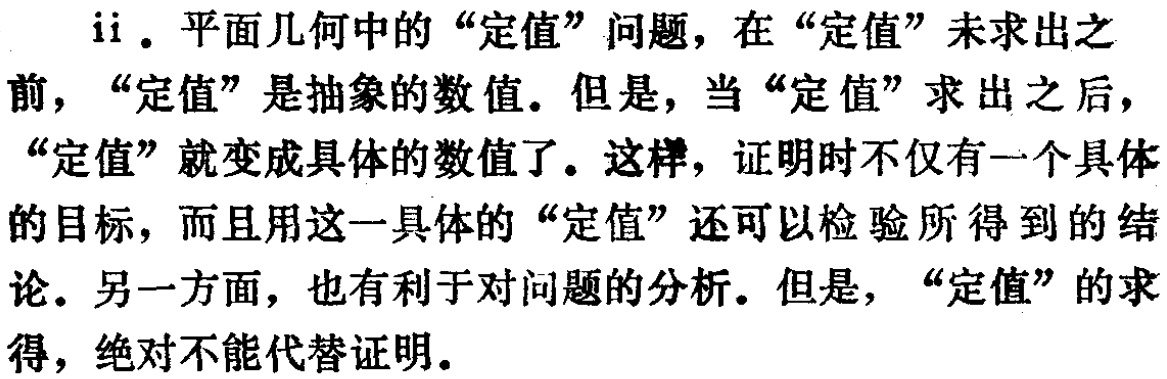
ii. 平面几何中的“定值”问题，在“定值”未求出之前，“定值”是抽象的数值。但是，当“定值”求出之后，“定值”就变成具体的数值了。这样，证明时不仅有一个具体的目标，而且用这一具体的“定值”还可以检验所得到的结论。另一方面，也有利于对问题的分析。但是，“定值”的求得，绝对不能代替证明。